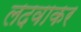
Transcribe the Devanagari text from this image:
लदवाकर